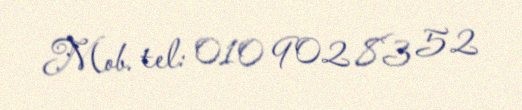
Mob. tel: 010 902 83 52